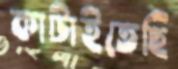
কাটাইতেছি